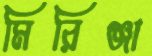
মিরিঞ্জা